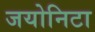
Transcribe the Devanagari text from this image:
जयोनिटा